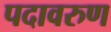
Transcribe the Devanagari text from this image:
पदावरुण